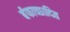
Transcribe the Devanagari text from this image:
र्बफाच्छादित